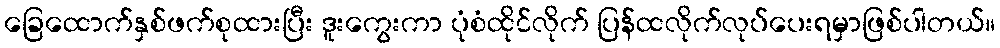
ခြေထောက်နှစ်ဖက်စုထားပြီး ဒူးကွေးကာ ပုံစံထိုင်လိုက် ပြန်ထလိုက်လုပ်ပေးရမှာဖြစ်ပါတယ်။